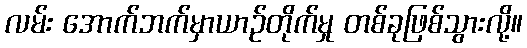
လမ်း အောက်ဘက်မှာယာဉ်တိုက်မှု တစ်ခုဖြစ်သွားလို့။